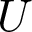
U